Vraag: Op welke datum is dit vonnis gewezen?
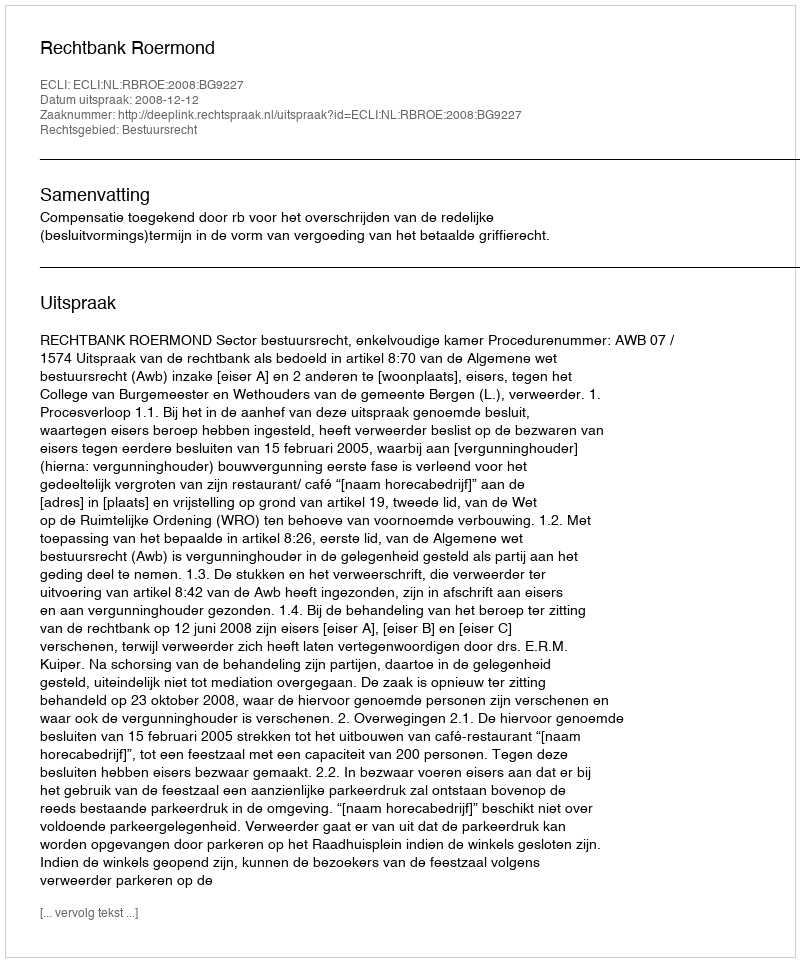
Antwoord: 2008-12-12